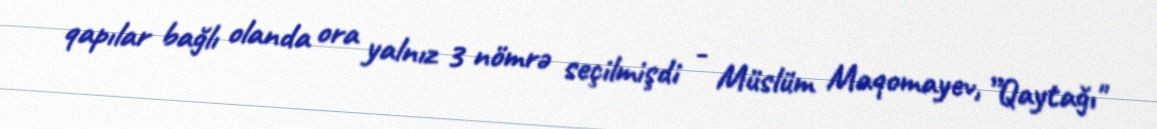
qapılar bağlı olanda ora yalnız 3 nömrə seçilmişdi - Müslüm Maqomayev, ”Qaytağı"